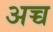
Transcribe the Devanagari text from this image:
अच्च